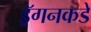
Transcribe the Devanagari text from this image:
ड्रॅगनकडे